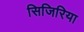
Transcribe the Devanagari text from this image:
सिजिरिया